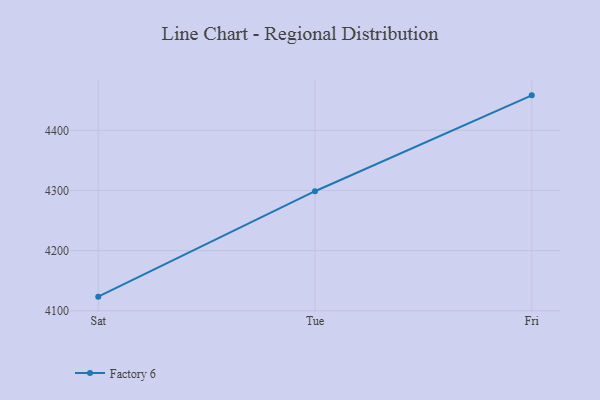
{"axis": {"x": "Day", "y": "Budget (USD K)"}, "legend": ["Factory 6"], "data": [{"x": "Sat", "y": 4123.5, "type": "Factory 6"}, {"x": "Tue", "y": 4298.8, "type": "Factory 6"}, {"x": "Fri", "y": 4458.2, "type": "Factory 6"}]}